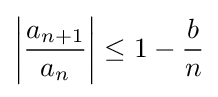
\left|{\frac {a_{n+1}}{a_{n}}}\right|\leq 1-{\frac {b}{n}}